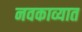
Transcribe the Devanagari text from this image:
नवकाव्यात